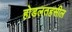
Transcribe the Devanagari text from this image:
होडलतहसील